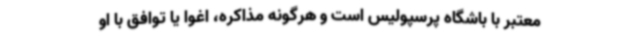
معتبر با باشگاه پرسپولیس است و هرگونه مذاکره، اغوا یا توافق با او